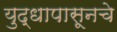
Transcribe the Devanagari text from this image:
युद्धापासूनचे